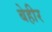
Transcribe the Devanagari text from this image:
बेहीर